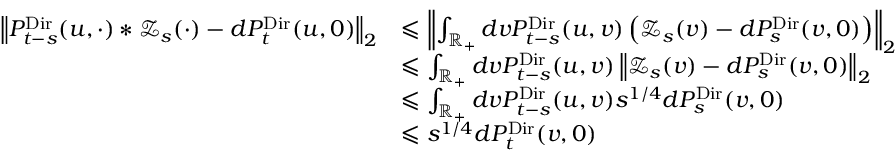
\begin{array} { r l } { \left\Vert P _ { t - s } ^ { \mathrm { D i r } } ( u , \cdot ) \ast \mathcal Z _ { s } ( \cdot ) - d P _ { t } ^ { \mathrm { D i r } } ( u , 0 ) \right\Vert _ { 2 } } & { \leqslant \left\Vert \int _ { \mathbb R _ { + } } d v P _ { t - s } ^ { \mathrm { D i r } } ( u , v ) \left( \mathcal Z _ { s } ( v ) - d P _ { s } ^ { \mathrm { D i r } } ( v , 0 ) \right) \right\Vert _ { 2 } } \\ & { \leqslant \int _ { \mathbb R _ { + } } d v P _ { t - s } ^ { \mathrm { D i r } } ( u , v ) \left\Vert \mathcal Z _ { s } ( v ) - d P _ { s } ^ { \mathrm { D i r } } ( v , 0 ) \right\Vert _ { 2 } } \\ & { \leqslant \int _ { \mathbb R _ { + } } d v P _ { t - s } ^ { \mathrm { D i r } } ( u , v ) s ^ { 1 / 4 } d P _ { s } ^ { \mathrm { D i r } } ( v , 0 ) } \\ & { \leqslant s ^ { 1 / 4 } d P _ { t } ^ { \mathrm { D i r } } ( v , 0 ) } \end{array}